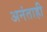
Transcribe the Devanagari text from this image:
अनंताही